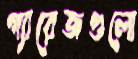
গ্যারেজগুলো